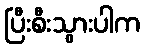
ပြီးစီးသွားပါက